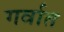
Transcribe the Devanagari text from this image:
गर्वात